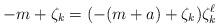
LaTeX: \begin{align*}-m+\zeta_k=(-(m+a)+\zeta_k)\zeta_k^\ell\end{align*}